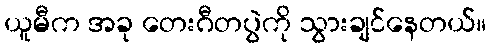
ယူမီက အခု တေးဂီတပွဲကို သွားချင်နေတယ်။